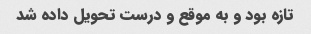
تازه بود و به موقع و درست تحویل داده شد